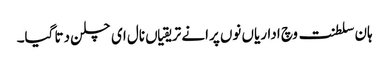
ہان سلطنت وچ اداریاں نوں پرانے تریقیاں نال ای چلن دتا گیا۔